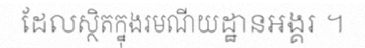
ដែលស្ថិតក្នុងរមណីយដ្ឋានអង្គរ ។